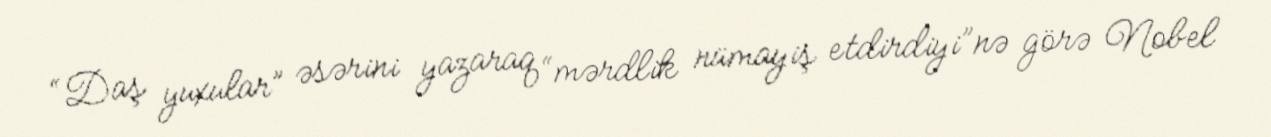
“Daş yuxular” əsərini yazaraq “mərdlik nümayiş etdirdiyi”nə görə Nobel